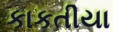
કાકતીયા